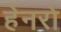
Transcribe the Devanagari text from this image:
हेनरो